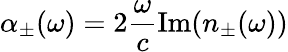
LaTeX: \alpha_{\pm}(\omega)=2\frac{\omega}{c}\mathrm{Im}(n_{\pm}(\omega))